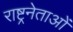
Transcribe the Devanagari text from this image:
राष्ट्रनेताओं